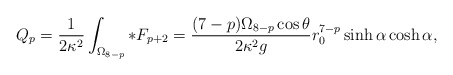
\begin{align*}Q_p =\frac{1}{2\kappa^2}\int_{\Omega_{8-p}}*F_{p+2} =\frac{(7-p)\Omega_{8-p} \cos\theta}{2\kappa^2 g}r_0^{7-p} \sinh\alpha \cosh\alpha,\end{align*}